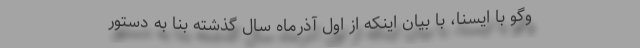
وگو با ایسنا، با بیان اینکه از اول آذرماه سال گذشته بنا به دستور